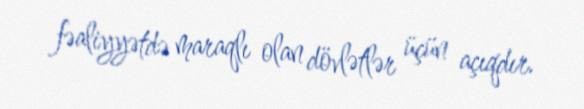
fəaliyyətdə maraqlı olan dövlətlər üçün açıqdır.